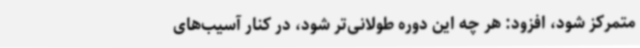
متمرکز شود، افزود: هر چه این دوره طولانی‌تر شود، در کنار آسیب‌های